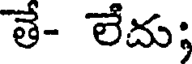
తే- లేదు;